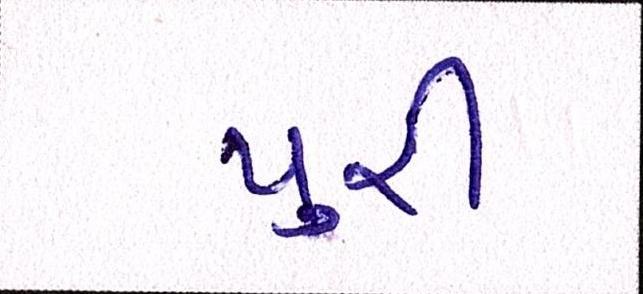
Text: પુરી